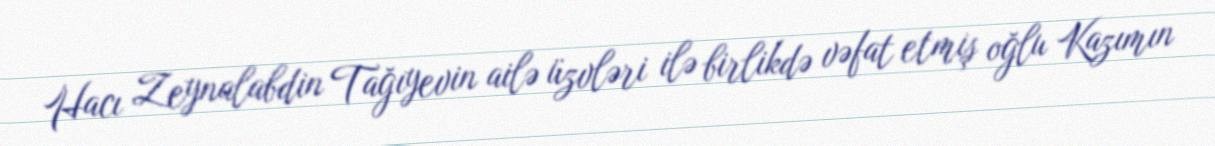
Hacı Zeynalabdin Tağıyevin ailə üzvləri ilə birlikdə vəfat etmiş oğlu Kazımın